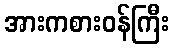
အားကစားဝန်ကြီး